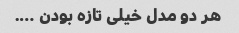
هر دو مدل خیلی تازه بودن ….